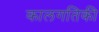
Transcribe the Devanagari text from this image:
कालगतिकी